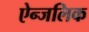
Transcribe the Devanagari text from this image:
ऐन्जलिक